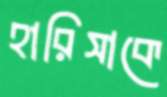
হারিসাকে